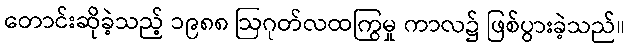
တောင်းဆိုခဲ့သည့် ၁၉၈၈ ဩဂုတ်လထကြွမှု ကာလ၌ ဖြစ်ပွားခဲ့သည်။